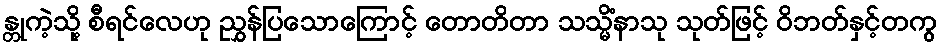
န္တုကဲ့သို့ စီရင်လေဟု ညွှန်ပြသောကြောင့် တောတိတာ သသ္မိံနာသု သုတ်ဖြင့် ဝိဘတ်နှင့်တကွ